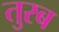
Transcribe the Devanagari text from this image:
तुरब